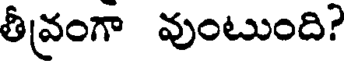
తీవ్రంగా వుంటుంది?